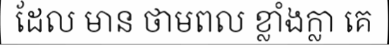
ដែល មាន ថាមពល ខ្លាំងក្លា គេ